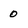
Character: 0